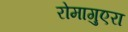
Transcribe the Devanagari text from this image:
रोमागुएरा